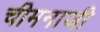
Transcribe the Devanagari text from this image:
चीमनाजी